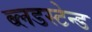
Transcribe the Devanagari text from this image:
ब्लडस्टेन्ड